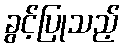
ခွင့်ပြုသည့်